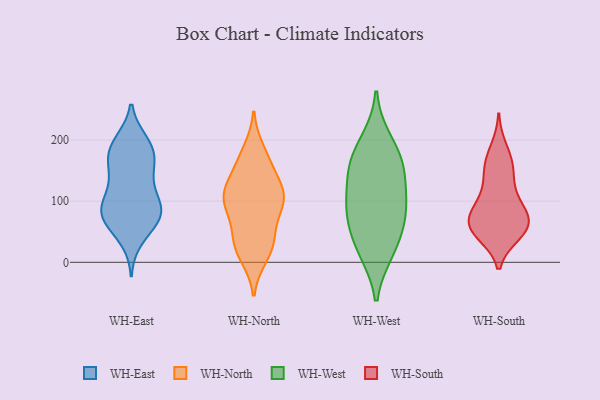
{"axis": {"x": "Energy Usage (MWh)", "y": "Value"}, "legend": ["WH-East", "WH-North", "WH-South", "WH-West"], "data": [{"x": "", "y": 146, "type": "WH-East"}, {"x": "", "y": 55, "type": "WH-East"}, {"x": "", "y": 75, "type": "WH-East"}, {"x": "", "y": 37, "type": "WH-East"}, {"x": "", "y": 160, "type": "WH-East"}, {"x": "", "y": 162, "type": "WH-East"}, {"x": "", "y": 198, "type": "WH-East"}, {"x": "", "y": 88, "type": "WH-East"}, {"x": "", "y": 198, "type": "WH-East"}, {"x": "", "y": 183, "type": "WH-East"}, {"x": "", "y": 176, "type": "WH-East"}, {"x": "", "y": 124, "type": "WH-East"}, {"x": "", "y": 186, "type": "WH-East"}, {"x": "", "y": 80, "type": "WH-East"}, {"x": "", "y": 83, "type": "WH-East"}, {"x": "", "y": 76, "type": "WH-East"}, {"x": "", "y": 71, "type": "WH-East"}, {"x": "", "y": 89, "type": "WH-East"}, {"x": "", "y": 123, "type": "WH-East"}, {"x": "", "y": 100, "type": "WH-East"}, {"x": "", "y": 161, "type": "WH-North"}, {"x": "", "y": 35, "type": "WH-North"}, {"x": "", "y": 165, "type": "WH-North"}, {"x": "", "y": 122, "type": "WH-North"}, {"x": "", "y": 93, "type": "WH-North"}, {"x": "", "y": 115, "type": "WH-North"}, {"x": "", "y": 89, "type": "WH-North"}, {"x": "", "y": 40, "type": "WH-North"}, {"x": "", "y": 10, "type": "WH-North"}, {"x": "", "y": 182, "type": "WH-North"}, {"x": "", "y": 108, "type": "WH-North"}, {"x": "", "y": 101, "type": "WH-North"}, {"x": "", "y": 126, "type": "WH-North"}, {"x": "", "y": 93, "type": "WH-North"}, {"x": "", "y": 37, "type": "WH-North"}, {"x": "", "y": 19, "type": "WH-North"}, {"x": "", "y": 61, "type": "WH-West"}, {"x": "", "y": 162, "type": "WH-West"}, {"x": "", "y": 25, "type": "WH-West"}, {"x": "", "y": 101, "type": "WH-West"}, {"x": "", "y": 84, "type": "WH-West"}, {"x": "", "y": 150, "type": "WH-West"}, {"x": "", "y": 198, "type": "WH-West"}, {"x": "", "y": 19, "type": "WH-West"}, {"x": "", "y": 161, "type": "WH-West"}, {"x": "", "y": 95, "type": "WH-West"}, {"x": "", "y": 151, "type": "WH-South"}, {"x": "", "y": 46, "type": "WH-South"}, {"x": "", "y": 158, "type": "WH-South"}, {"x": "", "y": 70, "type": "WH-South"}, {"x": "", "y": 70, "type": "WH-South"}, {"x": "", "y": 80, "type": "WH-South"}, {"x": "", "y": 114, "type": "WH-South"}, {"x": "", "y": 162, "type": "WH-South"}, {"x": "", "y": 187, "type": "WH-South"}, {"x": "", "y": 57, "type": "WH-South"}, {"x": "", "y": 82, "type": "WH-South"}, {"x": "", "y": 53, "type": "WH-South"}, {"x": "", "y": 53, "type": "WH-South"}, {"x": "", "y": 47, "type": "WH-South"}, {"x": "", "y": 85, "type": "WH-South"}, {"x": "", "y": 120, "type": "WH-South"}]}